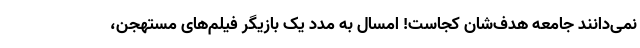
نمی‌دانند جامعه هدف‌شان کجاست! امسال به مدد یک بازیگر فیلم‌های مستهجن،